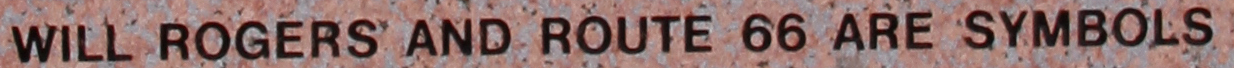
WILL ROGERS AND ROUTE 66 ARE SYMBOLS